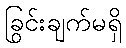
ခြွင်းချက်မရှိ